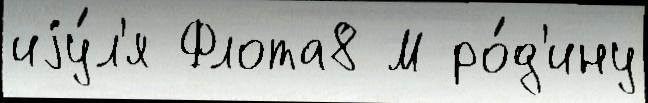
иjу́л'я Флота8 М ро́д'ину